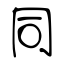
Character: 同